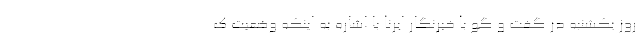
روز یکشنبه در گفت و گو با خبرنگار ایرنا با اشاره به اینکه وضعیت ک